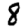
Digit: 8